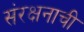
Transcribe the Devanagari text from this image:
संरक्षनाची